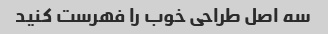
سه اصل طراحی خوب را فهرست کنید